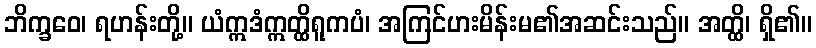
ဘိက္ခဝေ၊ ရဟန်းတို့။ ယံဣဒံဣတ္ထိရူကပံ၊ အကြင်ဟးမိန်းမ၏အဆင်းသည်။ အတ္ထိ၊ ရှိ၏။